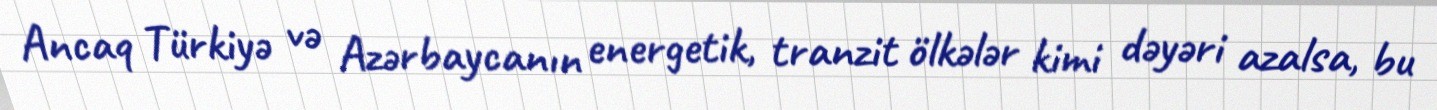
Ancaq Türkiyə və Azərbaycanın energetik, tranzit ölkələr kimi dəyəri azalsa, bu